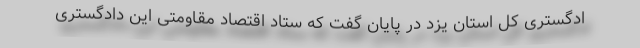
ادگستری کل استان یزد در پایان گفت که ستاد اقتصاد مقاومتی این دادگستری